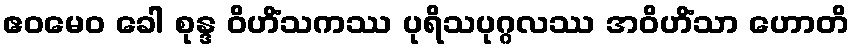
ဧဝမေဝ ခေါ စုန္ဒ ဝိဟိံသကဿ ပုရိသပုဂ္ဂလဿ အဝိဟိံသာ ဟောတိ